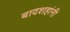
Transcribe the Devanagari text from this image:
बादशहांनी